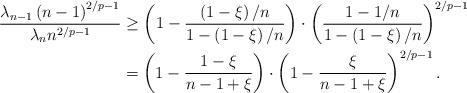
LaTeX: \begin{align*}\frac{\lambda_{n-1}\left( n-1\right) ^{2/p-1}}{\lambda_{n}n^{2/p-1}} &\geq\left( 1-\frac{\left( 1-\xi\right) /n}{1-\left( 1-\xi\right)/n}\right) \cdot\left( \frac{1-1/n}{1-\left( 1-\xi\right) /n}\right)^{2/p-1}\\& =\left( 1-\frac{1-\xi}{n-1+\xi}\right) \cdot\left( 1-\frac{\xi}{n-1+\xi}\right) ^{2/p-1}.\end{align*}